Indian Medical Review
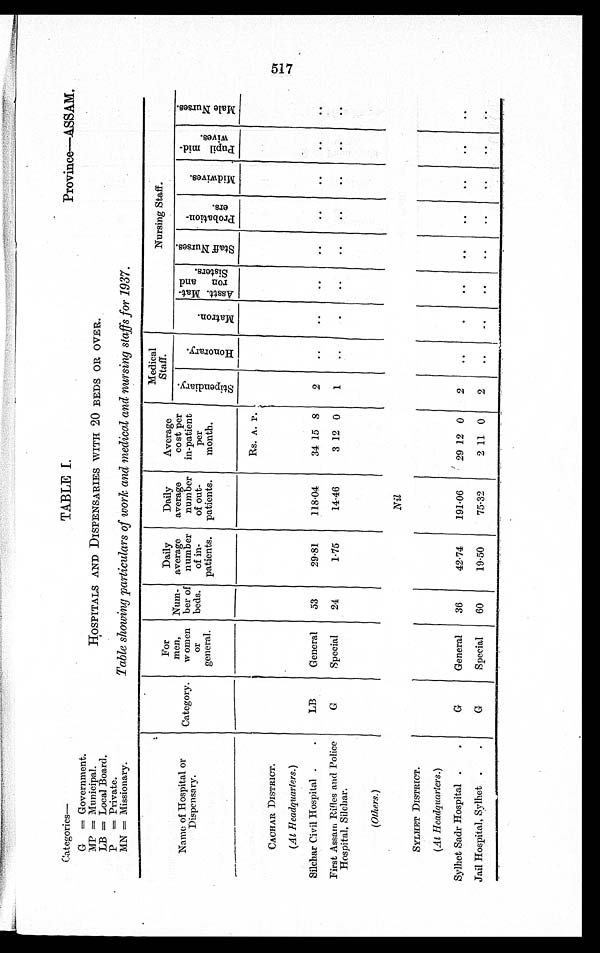
Categories—
G = Government.
MP = Municipal.
LB = Local Board.
P = Private.
MN = Missionary.
TABLE I.
HOSPITALS AND DISPENSARIES WITH 20 BEDS OR OVER.
Table showing particulars of work and medical and nursing staffs for 1937 .
Province—ASSAM.
Name of Hospital or
Dispensary.
Category.
For
men,
women
or
general.
Num-
ber of
beds.
Daily
average
number
of in-
patients.
Daily
average
number
of out-
patients.
Average
cost per
in-patient
per
month.
Medical
Staff
.
Nursing Staff.
S t i p e n d i a r y .
H o n o r a r y .
M a t r o n .
A s s t t . M a t - r o n a n d S i s t e r s .
S t a f f N u r s e s .
P r o b a t i o n - e r s .
M i d w i v e s .
P u p i l m i d - w i v e s
M a l e N u r s e s .
Rs. A. P.
CACHAR DISTRICT.
(At Headquarters.)
Silchar Civil Hospital
LB
General
53
29.81
118.04
34 15 8
2
. .
. .
. .
. .
. .
. .
. .
. .
First Assam Rifles and Police
Hospital, Silchar.
G
Special
24
1.75
14.46
3 12 0
1
. .
. .
. .
. .
. .
. .
. .
. .
(Others.)
Nil
SYLHET DISTRICT.
(At Headquarters.)
Sylhet Sadr Hospital
G
General
36
42.74
191.06
29 12 0
2
. .
. .
. .
. .
. .
. .
. .
. .
Jail Hospital, Sylhet
G
Special
60
19.50
75.32
2 11 0
2
. .
. .
. .
. .
. .
. .
. .
. .